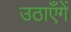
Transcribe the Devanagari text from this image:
उठाएँगें